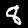
Label: 8